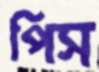
পিস